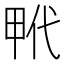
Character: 𤱢